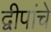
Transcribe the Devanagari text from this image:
द्वीपांचे